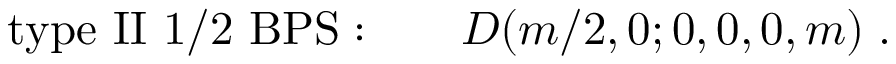
\mathrm { t y p e ~ I I ~ 1 / 2 ~ B P S : } \qquad { \cal D } ( m / 2 , 0 ; 0 , 0 , 0 , m ) \; .